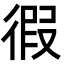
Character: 徦